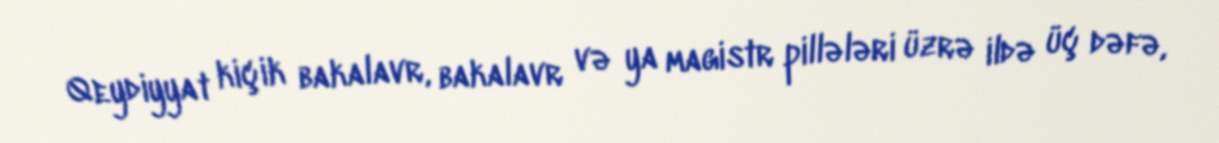
Qeydiyyat kiçik bakalavr, bakalavr və ya magistr pillələri üzrə ildə üç dəfə,